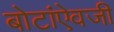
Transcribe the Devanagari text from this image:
बोटांऐवजी